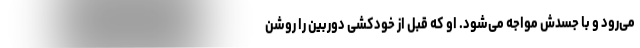
می‌رود و با جسدش مواجه می‌شود. او که قبل از خودکشی دوربین را روشن